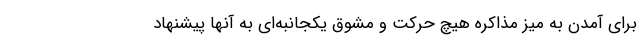
برای آمدن به میز مذاکره هیچ حرکت و مشوق یکجانبه‌‌ای به آنها پیشنهاد